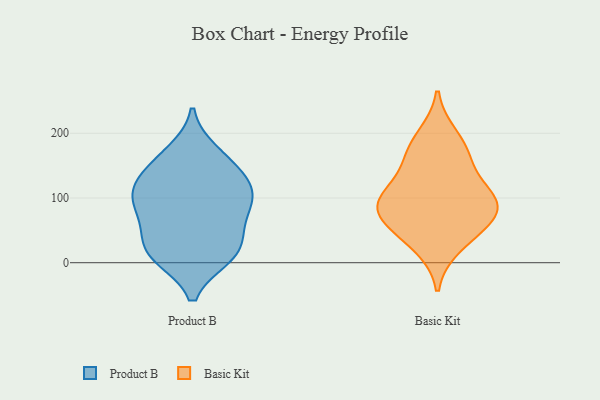
{"axis": {"x": "Gross Profit (USD K)", "y": "Value"}, "legend": ["Basic Kit", "Product B"], "data": [{"x": "", "y": 12, "type": "Product B"}, {"x": "", "y": 170, "type": "Product B"}, {"x": "", "y": 55, "type": "Product B"}, {"x": "", "y": 112, "type": "Product B"}, {"x": "", "y": 10, "type": "Product B"}, {"x": "", "y": 152, "type": "Product B"}, {"x": "", "y": 63, "type": "Product B"}, {"x": "", "y": 17, "type": "Product B"}, {"x": "", "y": 147, "type": "Product B"}, {"x": "", "y": 21, "type": "Product B"}, {"x": "", "y": 109, "type": "Product B"}, {"x": "", "y": 86, "type": "Product B"}, {"x": "", "y": 109, "type": "Product B"}, {"x": "", "y": 103, "type": "Product B"}, {"x": "", "y": 115, "type": "Basic Kit"}, {"x": "", "y": 92, "type": "Basic Kit"}, {"x": "", "y": 25, "type": "Basic Kit"}, {"x": "", "y": 196, "type": "Basic Kit"}, {"x": "", "y": 165, "type": "Basic Kit"}, {"x": "", "y": 85, "type": "Basic Kit"}, {"x": "", "y": 101, "type": "Basic Kit"}, {"x": "", "y": 56, "type": "Basic Kit"}, {"x": "", "y": 57, "type": "Basic Kit"}, {"x": "", "y": 162, "type": "Basic Kit"}, {"x": "", "y": 87, "type": "Basic Kit"}]}